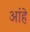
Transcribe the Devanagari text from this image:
आंहे